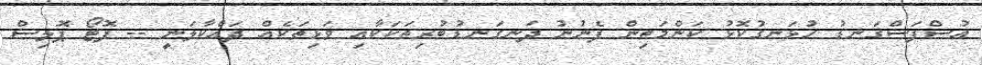
އުސްފަސްގަނޑު ހުޅަނގުކޮޅު ކަންމަތިން ފެނުނު ދަނގަނޑުބުރިތަކަކާއި ވަޅިތަކެއް ދައްކާލަނީ -- ފޮޓޯ ޕޮލިސް